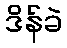
ဒိန်ခဲ